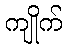
ကျိုက်